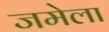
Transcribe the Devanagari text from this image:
जमेला